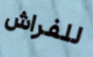
للفراش